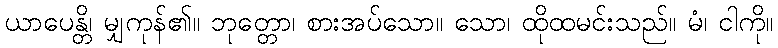
ယာပေန္တိ၊ မျှကုန်၏။ ဘုတ္တော၊ စားအပ်သော။ သော၊ ထိုထမင်းသည်။ မံ၊ ငါကို။